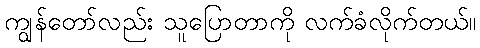
ကျွန်တော်လည်း သူပြောတာကို လက်ခံလိုက်တယ်။